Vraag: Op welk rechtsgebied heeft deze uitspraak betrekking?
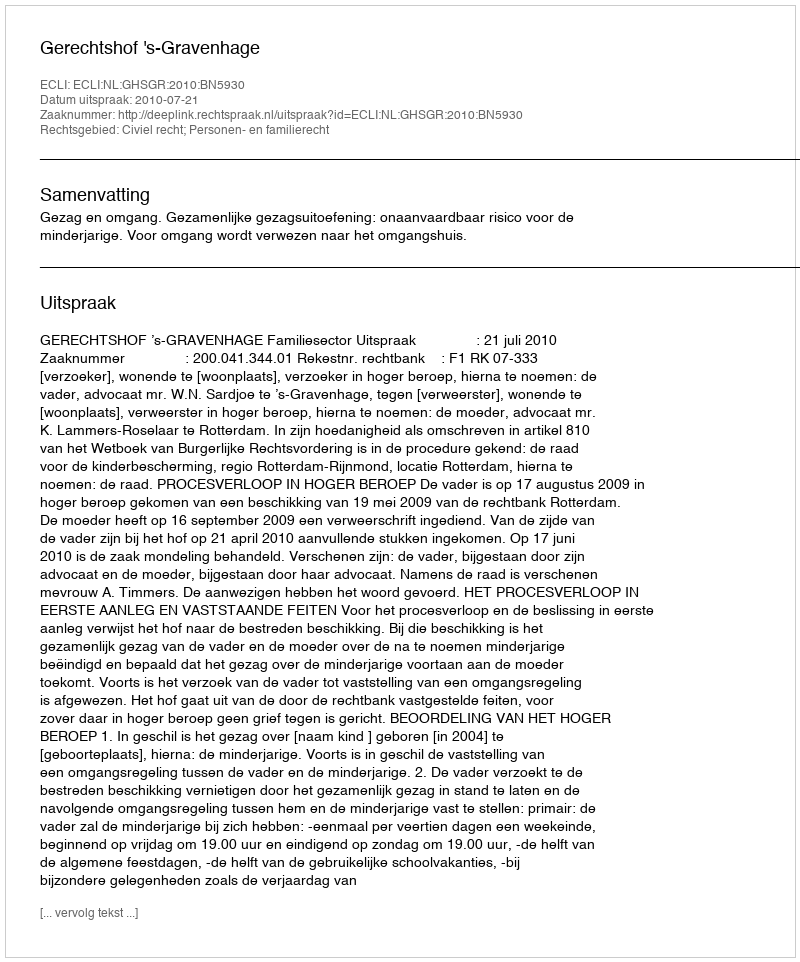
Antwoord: Civiel recht; Personen- en familierecht